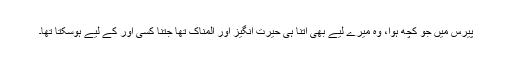
پیرس میں جو کچھ ہوا، وہ میرے لیے بھی اتنا ہی حیرت انگیز اور المناک تھا جتنا کسی اور کے لیے ہوسکتا تھا۔